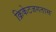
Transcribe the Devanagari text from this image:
क्रिकेटजगतास